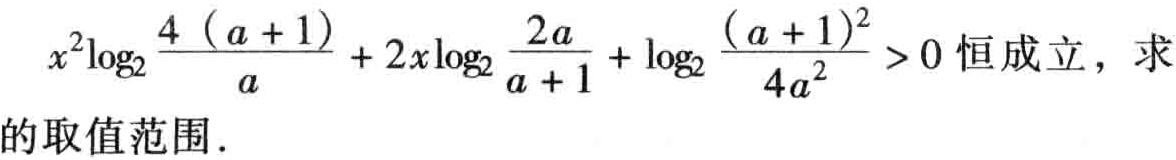
\(x^{2}\log _{2}\frac{4(a + 1)}{a}+2x\log _{2}\frac{2a}{a + 1}+\log _{2}\frac{(a + 1)^{2}}{4a^{2}}>0\)恒成立，求的取值范围.